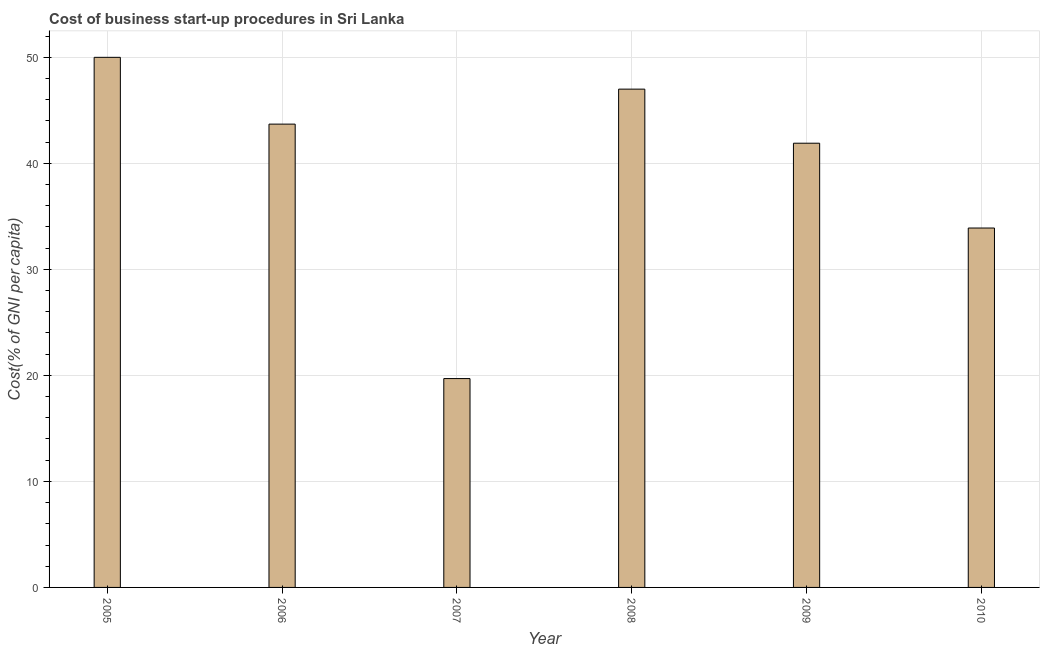
| Year | Cost |
 | --- | --- |
 | 2005 | 50 |
 | 2006 | 43.7 |
 | 2007 | 19.7 |
 | 2008 | 47 |
 | 2009 | 41.9 |
 | 2010 | 33.9 |